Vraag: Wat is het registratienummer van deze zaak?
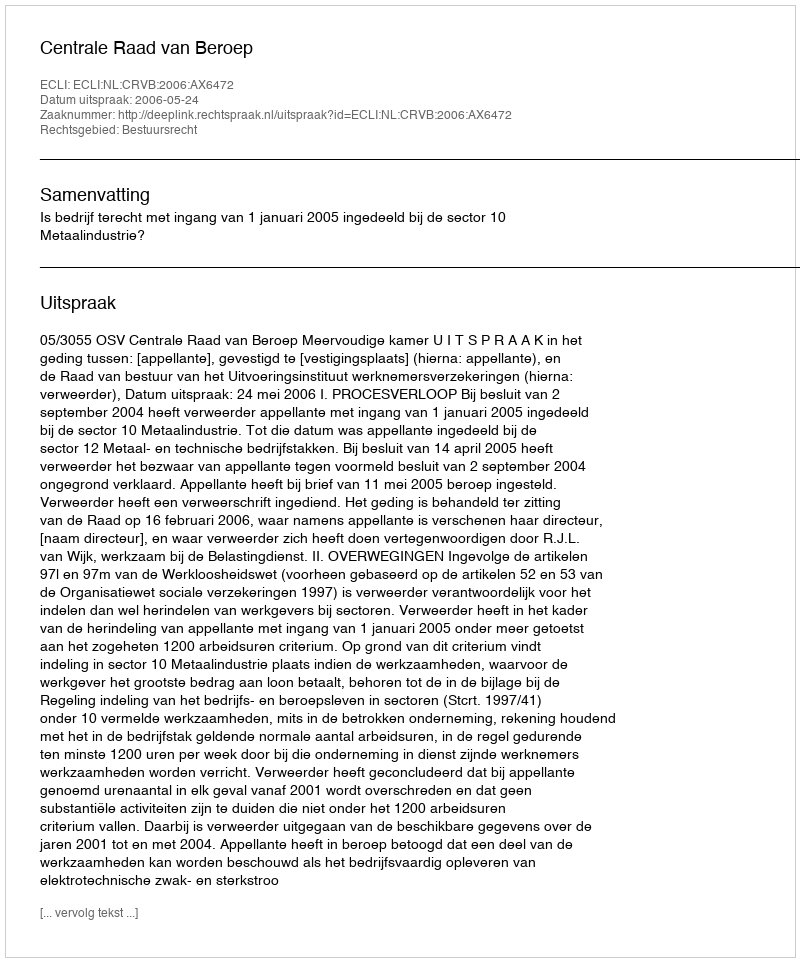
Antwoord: http://deeplink.rechtspraak.nl/uitspraak?id=ECLI:NL:CRVB:2006:AX6472